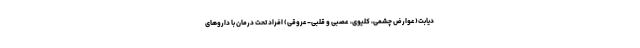
دیابت(عوارض چشمی، کلیوی، عصبی و قلبی-عروقی) افراد تحت درمان با داروهای